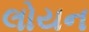
લોયન